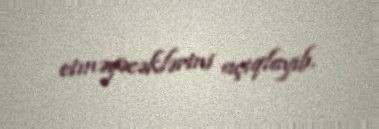
etməyəcəklərini açıqlayıb.